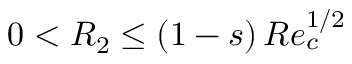
0 < R _ { 2 } \leq ( 1 - s ) \, R e _ { c } ^ { 1 / 2 }